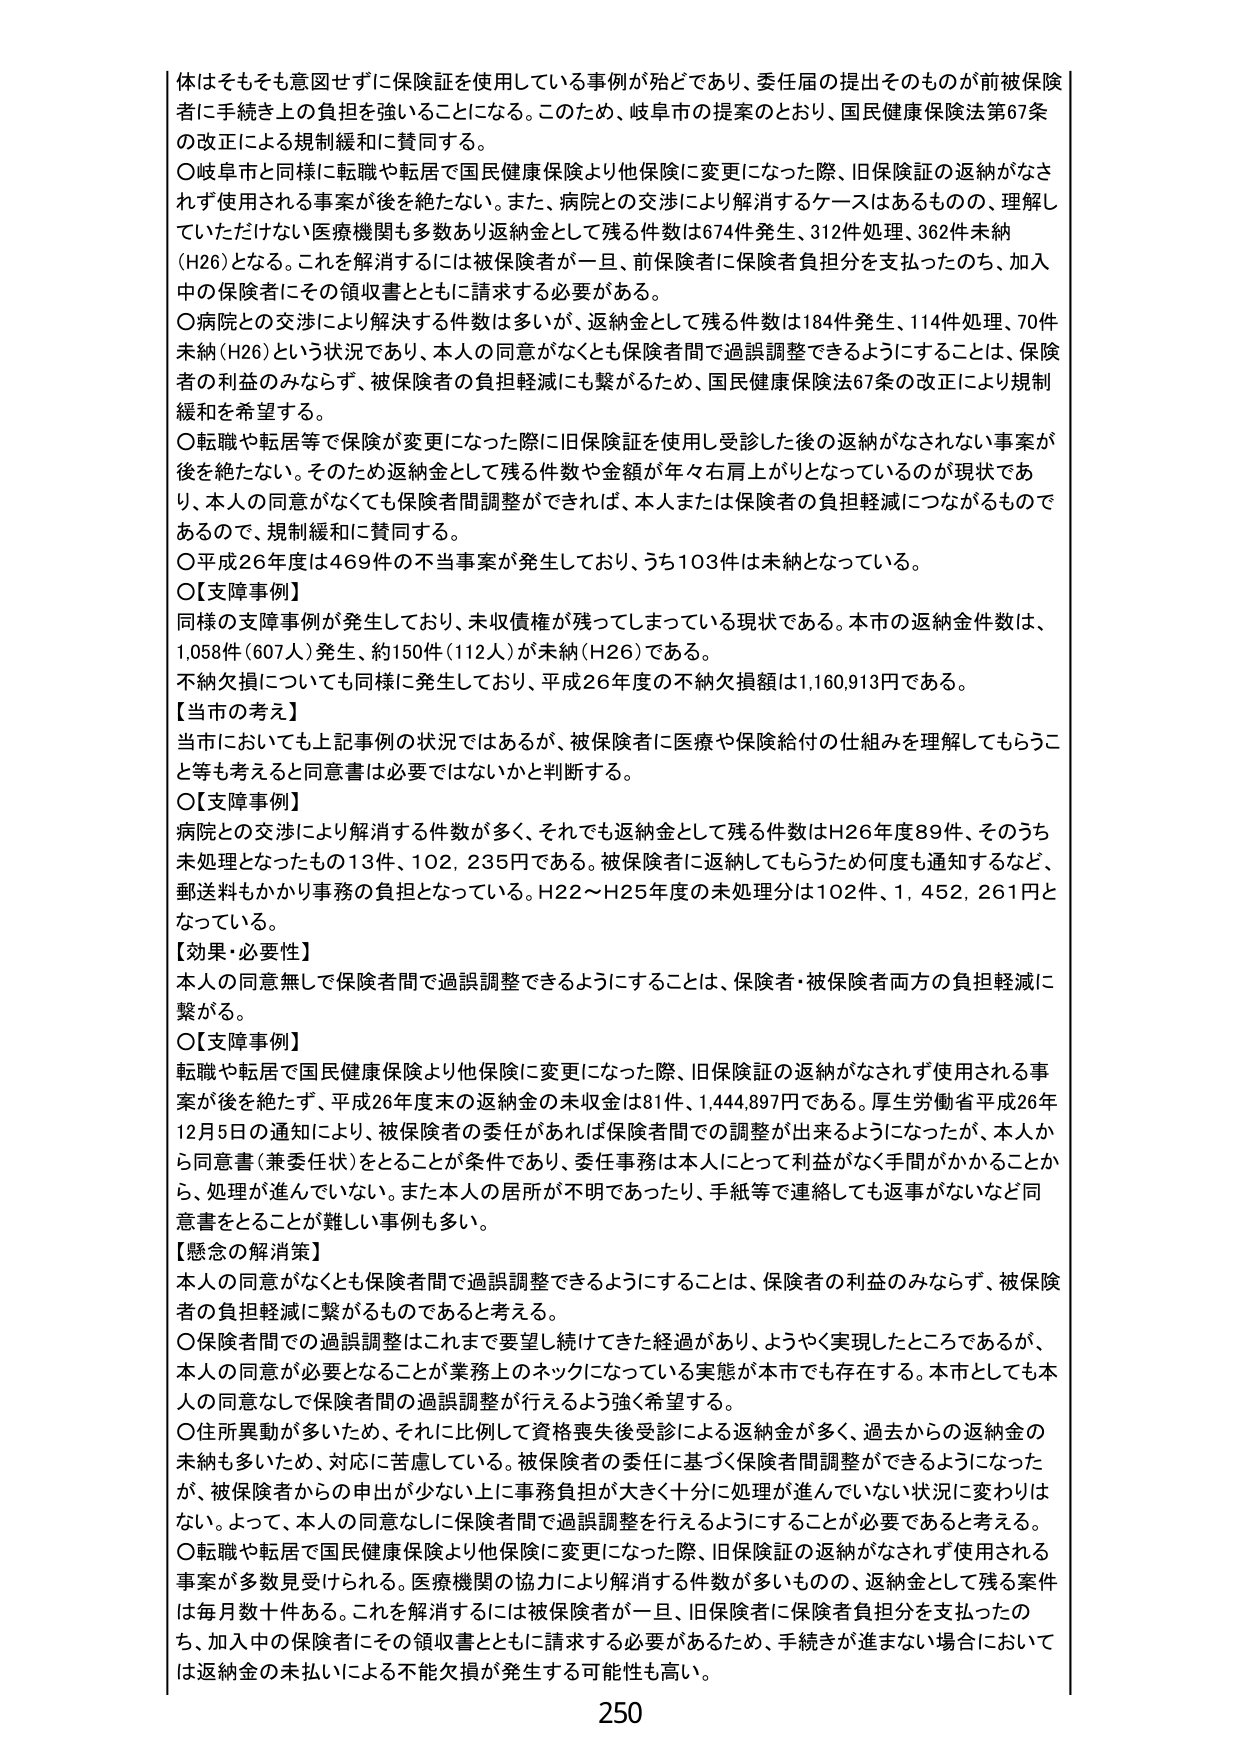
体はそもそも意図せずに保険証を使用している事例が殆どであり、委任届の提出そのものが前被保険者に手続き上の負担を強いることになる。このため、岐阜市の提案のとおり、国民健康保険法第67条の改正による規制緩和に賛同する。

〇岐阜市と同様に転職や転居で国民健康保険より他保険に変更になった際、旧保険証の返納がなされず使用される事案が後を絶たない。また、病院との交渉により解消するケースはあるものの、理解していただけない医療機関も多数あり返納金として残る件数は674件発生、312件処理、362件未納（H26）となる。これを解消するには被保険者が一旦、前保険者に保険者負担分を支払ったのち、加入中の保険者にその領収書とともに請求する必要がある。

〇病院との交渉により解決する件数は多いが、返納金として残る件数は184件発生、114件処理、70件未納（H26）という状況であり、本人の同意がなくとも保険者間で過誤調整できるようにすることは、保険者の利益のみならず、被保険者の負担軽減にも繋がるため、国民健康保険法67条の改正により規制緩和を希望する。

〇転職や転居等で保険が変更になった際に旧保険証を使用し受診した後の返納がなされない事案が後を絶たない。そのため返納金として残る件数や金額が年々右肩上がりとなっているのが現状であり、本人の同意がなくても保険者間調整ができれば、本人または保険者の負担軽減につながるものであるので、規制緩和に賛同する。

〇平成26年度は469件の不当事案が発生しており、うち103件は未納となっている。

〇【支障事例】
同様の支障事例が発生しており、未収債権が残ってしまっている現状である。本市の返納金件数は、1,058件（607人）発生、約150件（112人）が未納（H26）である。
不納欠損についても同様に発生しており、平成26年度の不納欠損額は1,160,913円である。

【当市の考え】
当市においても上記事例の状況ではあるが、被保険者に医療や保険給付の仕組みを理解してもらうこと等も考えると同意書は必要ではないかと判断する。

〇【支障事例】
病院との交渉により解消する件数が多く、それでも返納金として残る件数はH26年度89件、そのうち未処理となったもの13件、102,235円である。被保険者に返納してもらうため何度も通知するなど、郵送料もかかり事務の負担となっている。H22～H25年度の未処理分は102件、1,452,261円となっている。

【効果・必要性】
本人の同意無しで保険者間で過誤調整できるようにすることは、保険者・被保険者両方の負担軽減に繋がる。

〇【支障事例】
転職や転居で国民健康保険より他保険に変更になった際、旧保険証の返納がなされず使用される事案が後を絶たず、平成26年度末の返納金の未収金は81件、1,444,897円である。厚生労働省平成26年12月5日の通知により、被保険者の委任があれば保険者間での調整が出来るようになったが、本人から同意書（兼委任状）をとることが条件であり、委任事務は本人にとって利益がなく手間がかかることから、処理が進んでいない。また本人の居所が不明であったり、手紙等で連絡しても返事がないなど同意書をとることが難しい事例も多い。

【懸念の解消策】
本人の同意がなくとも保険者間で過誤調整できるようにすることは、保険者の利益のみならず、被保険者の負担軽減に繋がるものであると考える。

〇保険者間での過誤調整はこれまで要望し続けてきた経過があり、ようやく実現したところであるが、本人の同意が必要となることが業務上のネックになっている実態が本市でも存在する。本市としても本人の同意なしに保険者間の過誤調整が行えるよう強く希望する。

〇住所異動が多いため、それに比例して資格喪失後受診による返納金が多く、過去からの返納金の未納も多いため、対応に苦慮している。被保険者の委任に基づく保険者間調整ができるようになったが、被保険者からの申出が少ない上に事務負担が大きく十分に処理が進んでいない状況に変わりはない。よって、本人の同意なしに保険者間で過誤調整を行えるようにすることが必要であると考える。

〇転職や転居で国民健康保険より他保険に変更になった際、旧保険証の返納がなされず使用される事案が多数見受けられる。医療機関の協力により解消する件数が多いものの、返納金として残る案件は毎月数十件ある。これを解消するには被保険者が一旦、旧保険者に保険者負担分を支払ったのち、加入中の保険者にその領収書とともに請求する必要があるため、手続きが進まない場合においては返納金の未払いによる不能欠損が発生する可能性も高い。

250